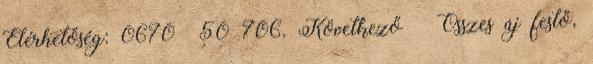
Elérhetőség: 0670 50 706. Következő › Összes új festő,